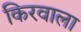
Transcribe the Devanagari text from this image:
किरवाला